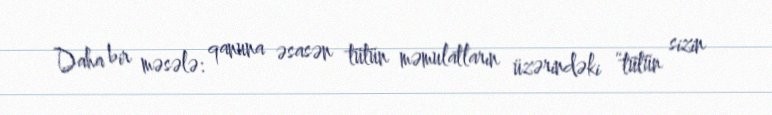
Daha bir məsələ: qanuna əsasən tütün məmulatların üzərindəki “tütün sizin